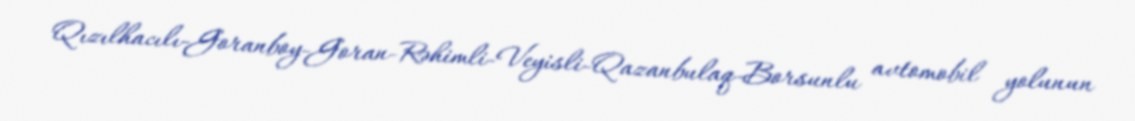
Qızılhacılı-Goranboy-Goran-Rəhimli-Veyisli-Qazanbulaq-Borsunlu avtomobil yolunun